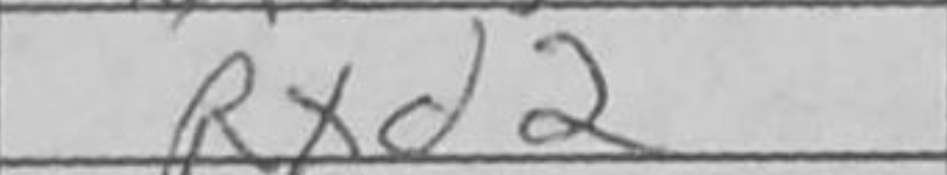
Transcription: Rxd2